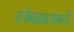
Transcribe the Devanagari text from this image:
राजेबहाद्दरांकडे